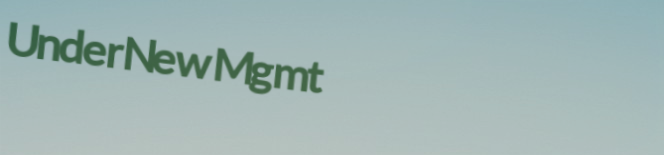
UnderNewMgmt